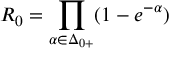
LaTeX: R _ { 0 } = \prod _ { \alpha \in \Delta _ { 0 + } } ( 1 - e ^ { - \alpha } ) \/